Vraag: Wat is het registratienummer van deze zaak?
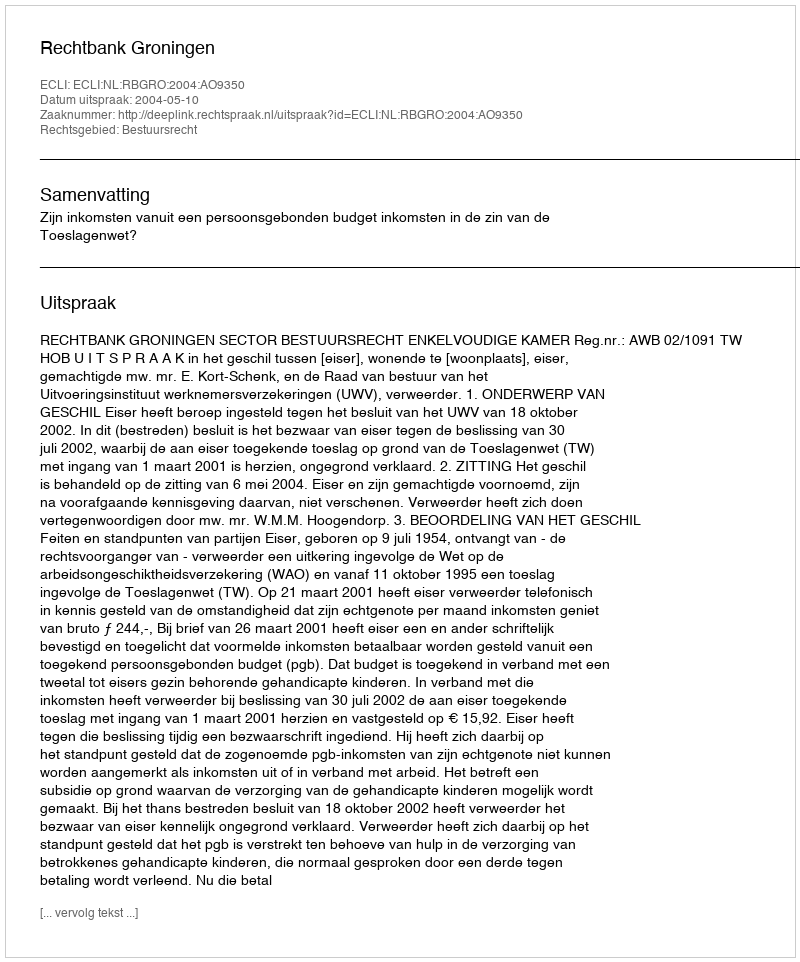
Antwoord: http://deeplink.rechtspraak.nl/uitspraak?id=ECLI:NL:RBGRO:2004:AO9350